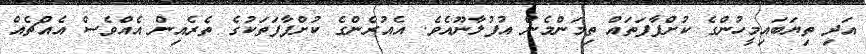
އަދި ތިޔަބައިމީހުންގެ ކުށްފާފަތައް ތިމަންމެން އުފުލާނޫއެވެ. އެއުރެންގެ ކުށްފާފަތަކުގެ ތެރެއިން އެއްވެސް އެއްޗެއް